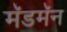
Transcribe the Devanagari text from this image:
मॅडमॅन